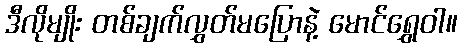
ဒီလိုမျိုး တစ်ချက်လွှတ်မပြောနဲ့ မောင်ရွှေဝါ။